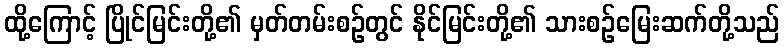
ထို့ကြောင့် ပြိုင်မြင်းတို့၏ မှတ်တမ်းစဉ်တွင် နိုင်မြင်းတို့၏ သားစဉ်မြေးဆက်တို့သည်